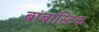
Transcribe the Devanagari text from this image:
बांबास्टिक